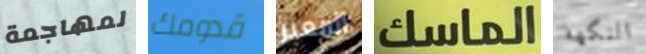
لمهاجمة قدومك المعبر الماسك النكهة